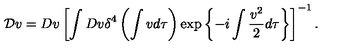
{ \cal D } v = D v \left[ \int D v \delta ^ { 4 } \left( \int v d \tau \right) \exp \left\{ - i \int \frac { v ^ { 2 } } { 2 } d \tau \right\} \right] ^ { - 1 } .